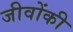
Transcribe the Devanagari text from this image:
जीवोंकी